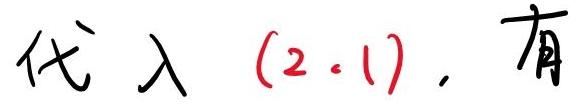
代入 $(2.1)$, 有